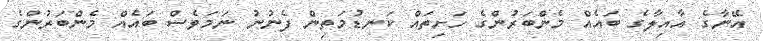
އޭނާގެ އާއިލާގެ ބައެއް މެންބަރުންގެ ހަށިތައް ކަނޑުމަތިން ފެނުނު ނަމަވެސް ބައެއް މެންބަރުންގެ